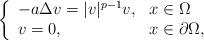
LaTeX: \begin{align*}\left\{\begin{array}{ll}-a\Delta v=|v|^{p-1}v,& x\in\Omega\\v=0,& x\in\partial\Omega,\end{array}\right.\end{align*}